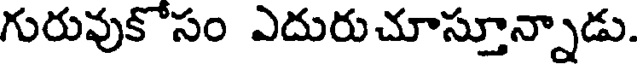
గురువుకోసం ఎదురుచూస్తూన్నాడు.